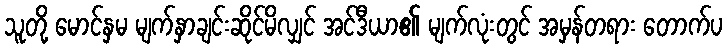
သူတို့ မောင်နှမ မျက်နှာချင်းဆိုင်မိလျှင် အင်ဒီယာ၏ မျက်လုံးတွင် အမှန်တရား တောက်ပ